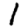
Digit: 1